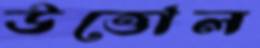
উত্তোল